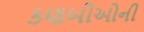
કણબીઓની